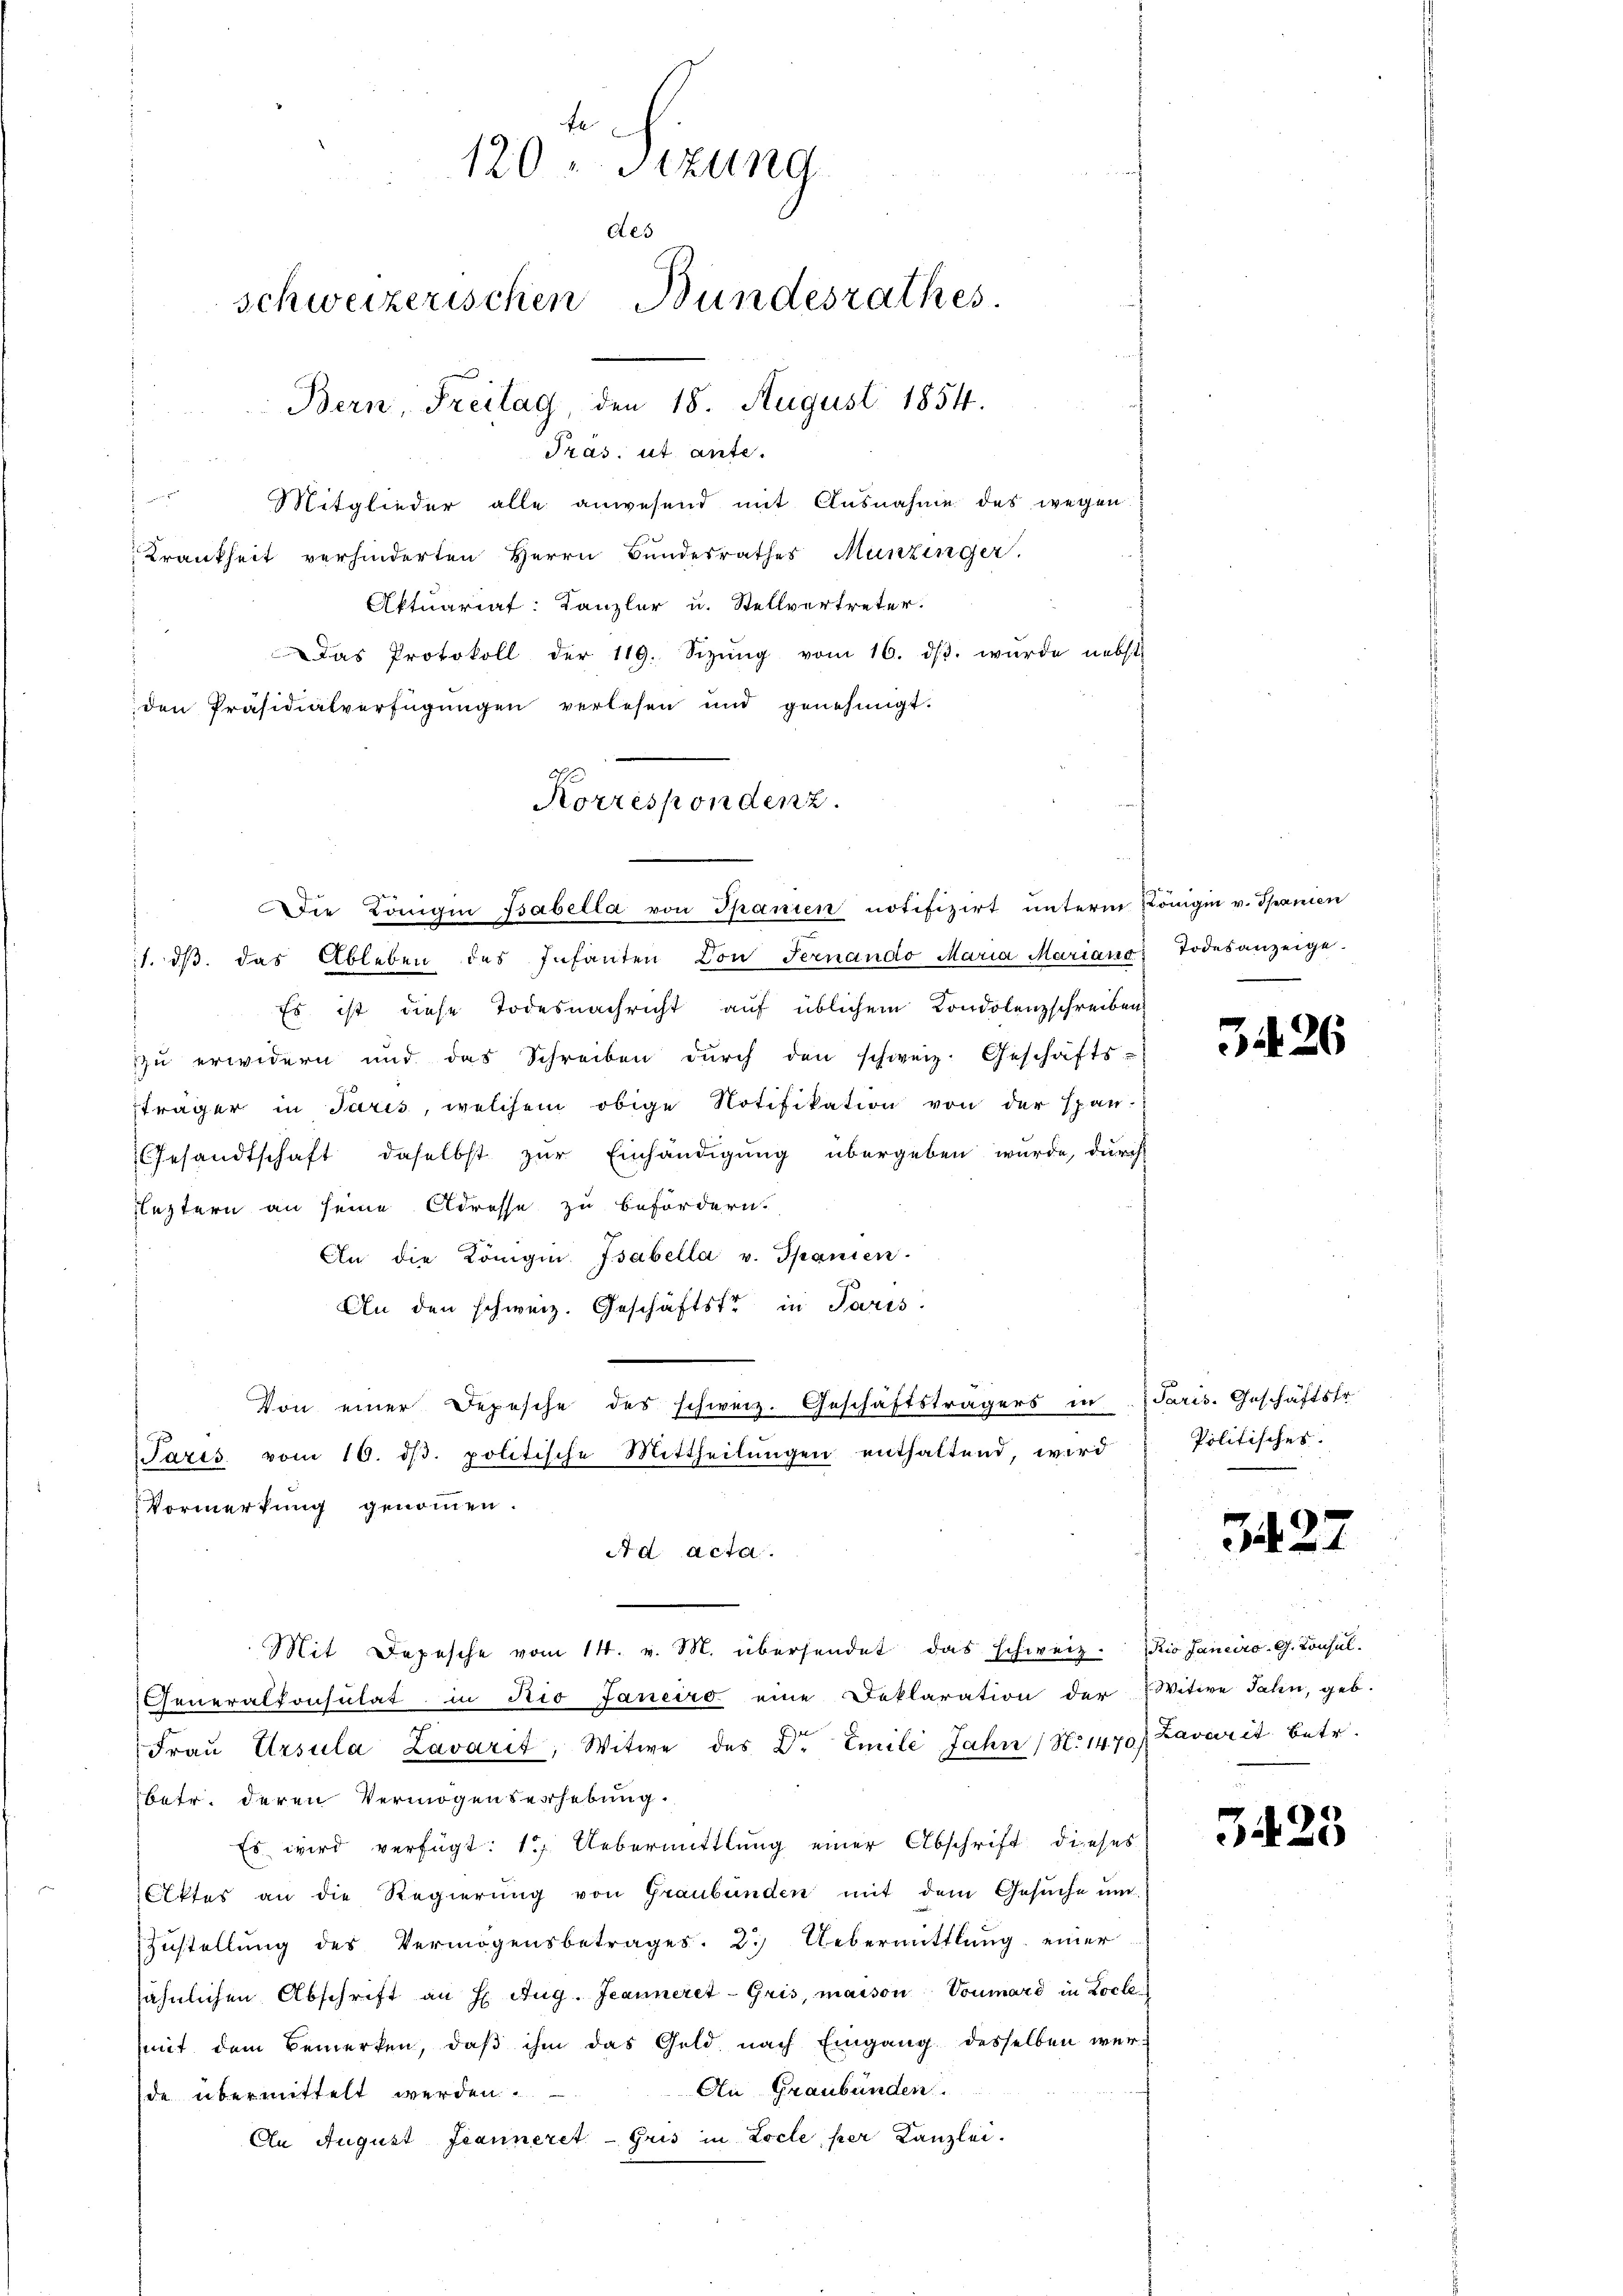
7
Die Königin Babella von Spanien notifizirt unterm Königin v. Spanien
1. dβ das Ableben des Infanten von Fernando Maria Marians Todesanzeige.
Es ist diese Todesnachricht auf üblichem Condolenzschreiben
zu erwidern und das Schreiben durch den schweiz. Geschäfts-
sträger in Paris, welchem obige Notifikation von der span-
Gesandtschaft, daselbst zur Einhändigung übergeben wurde, durch
Leztern an seine Adresse zu befördern.
An die Königin Isabella u. Spanien.
An den schweiz. Geschäftstr in Paris.
Paris vom 10. dβ. politische Mittheilŭngen enthaltend, wird
Vormerkung genommen.
Ad Acta.
Mit Depesche vom 14. v. M. übersendet das schweiz. Rio Janeiro G. Consil.
Generalkonsulat in Nio Janeiro eine Deklaration der Witwe Jahn, geb.
Fraŭ Ursula Lavarit, Witwe des Dr Emile Jahre (N. 1470)
betr. deren Vermögenserhebung.
Es wird verfügt: 1. Uebermittlung einer Abschrift dieses
Aktes an die Regierŭng von Graubünden mit dem Gesŭche un
Zŭstellŭng des Vermögensbetrages. 2.) Uebermittlung einer
sähnlichen Abschrift an H. Aug. Jeanneret - Gris, maison, Voumard in Loche
mit dem Bemerken, daß ihm das Gold, nach Eingang desselben wer¬
An Graubünden.
de übermittelt werden.
An August Jeanneret - Gris in Locle per Kanzlei.

120 " Stzung
des
schweizerischen Bundesrathes.
Bern, Freitag, den 18. August 1854.
n
Tras, ut ante.
dir
Mitglieder alle anwesend mit Ausnahme des wegen
Krankheit verhinderten Herrn Bundesrathes Munzinger.
Aktuariat: Kanzler u. Stellvertreter.

Das Protokoll der 119. Sizŭng vom 16. dβ. wurde nebst
den Präsidialverfügungen verlesen und genehmigt.
Korrespondenz.

Von einer Depesche des schweiz. Geschäftsträgers in Paris. Geschäftstr.

.

26

Politisches.

3427

Laverit betr.

3423